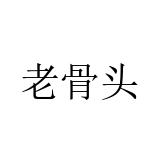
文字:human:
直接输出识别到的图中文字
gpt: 老骨头